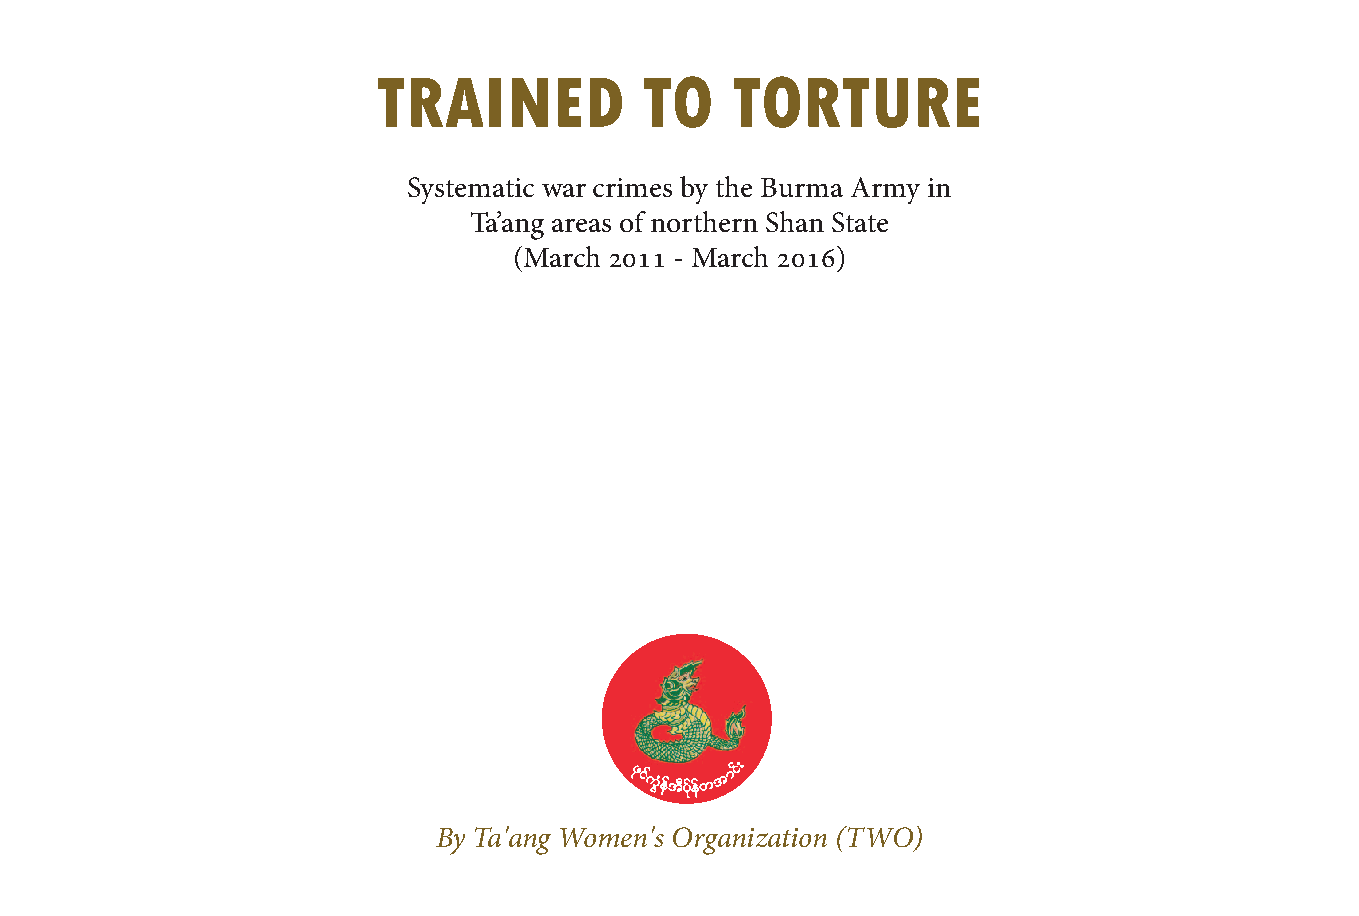
TRAINED          TO    TORTURE
 Systematic war crimes by the Burma Army in
 Ta’ang areas of northern Shan State
 (March 2011 - March 2016)
 zkifuGHeftDyfkefw
 tmfi;
 By Ta'ang Women's Organization (TWO)